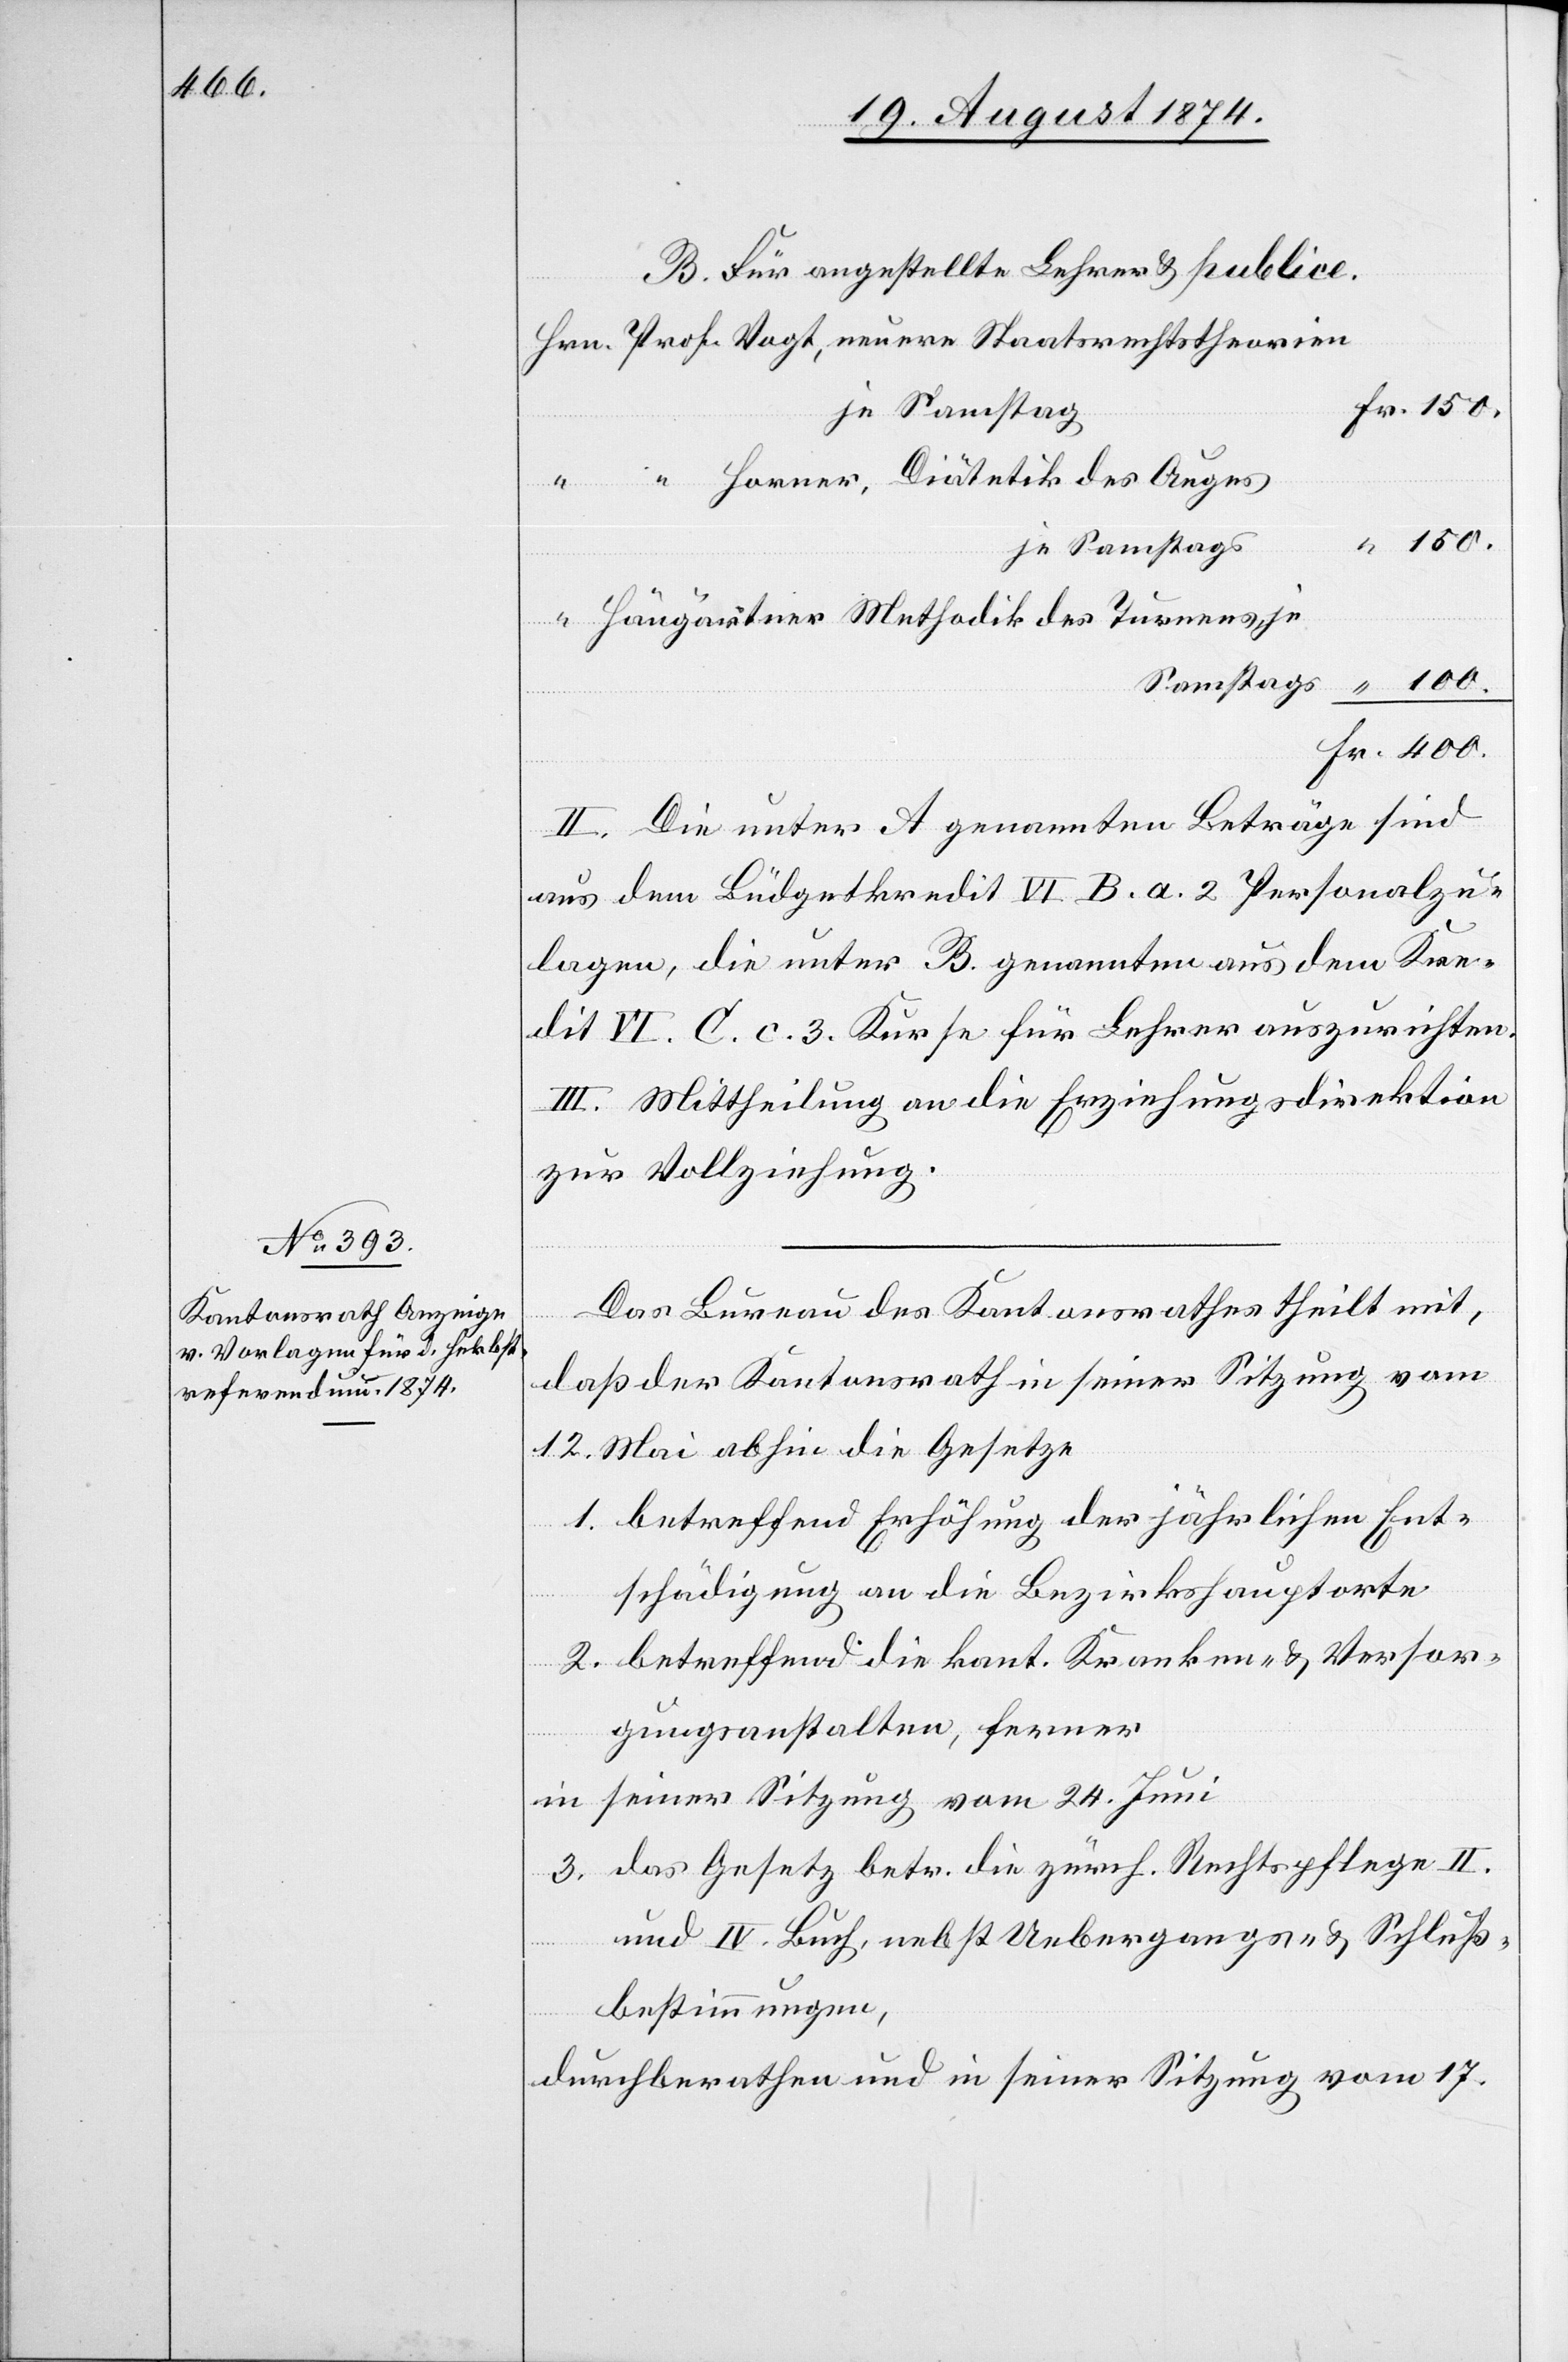
B. Für angestellte Lehrer u. publice.
Horner, Diätetik des Auges
je Samstags
Hängartner[,] Methodik des Turnens,
II. Die unter A genannten Beträge sind
aus dem Büdgetkredit VI. B. a. 2 Personalzu¬
lagen, die unter B. genannten aus dem Kre¬
dit VI. C. c. 3. Kurse für Lehrer auszurichten.
III. Mittheilung an die Erziehungsdirektion
zur Vollziehung.
Das Bureau des Kantonsrathes theilt mit,
daß der Kantonsrath in seiner Sitzung vom
12. Mai abhin die Gesetze
1. betreffend Erhöhung der jährlichen Ent¬
schädigung an die Bezirkshauptorte
2. betreffend die kant. Kranken- u. Versor¬
gungsanstalten, ferner
in seiner Sitzung vom 24. Juni
3. das Gesetz betr. die zürch. Rechtspflege II.
und IV. Buch, nebst Uebergangs- u. Schluß¬
bestimmungen,
Fr.
durchberathen und in seiner Sitzung vom 17.